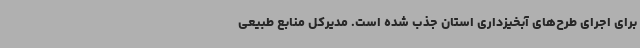
برای اجرای طرح‌های آبخیزداری استان جذب شده است. مدیرکل منابع طبیعی